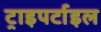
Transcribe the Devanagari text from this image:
ट्राइपर्टाइल